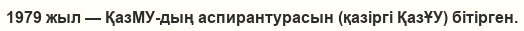
1979 жыл — ҚазМУ-дың аспирантурасын (қазіргі ҚазҰУ) бітірген.